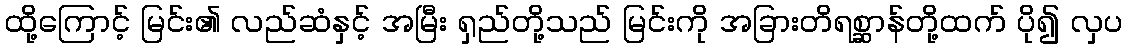
ထို့ကြောင့် မြင်း၏ လည်ဆံနှင့် အမြီး ရှည်တို့သည် မြင်းကို အခြားတိရစ္ဆာန်တို့ထက် ပို၍ လှပ